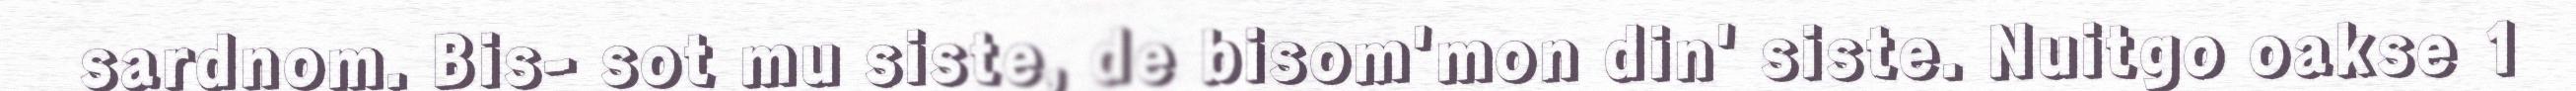
sardnom. Bis- sot mu siste, de bisom'mon din' siste. Nuitgo oakse 1